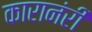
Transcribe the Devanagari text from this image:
कारानंरी